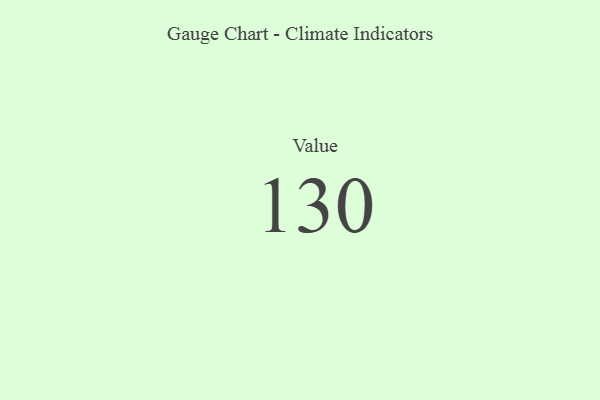
{"axis": {"x": "Metric", "y": "Value"}, "legend": [""], "data": [{"x": "Value", "y": 130, "type": ""}]}